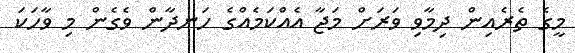
މީގެ ތެރެއިން ދިމާވި ވަރަށް މަޖާ އެއްކަމެއްގެ ހަނދާން ވެގެން މި ވާހަކަ